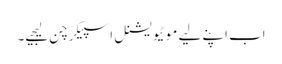
اب اپنے لیے موٹیویشنل اسپیکر چن لیجیے۔